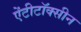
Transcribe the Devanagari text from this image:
ऐंटीटॉक्सीन